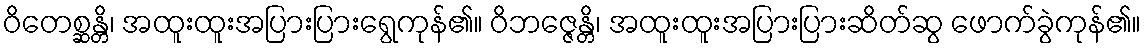
ဝိတေစ္ဆန္တိ၊ အထူးထူးအပြားပြားရွေကုန်၏။ ဝိဘဇ္ဇေန္တိ၊ အထူးထူးအပြားပြားဆိတ်ဆွ ဖောက်ခွဲကုန်၏။